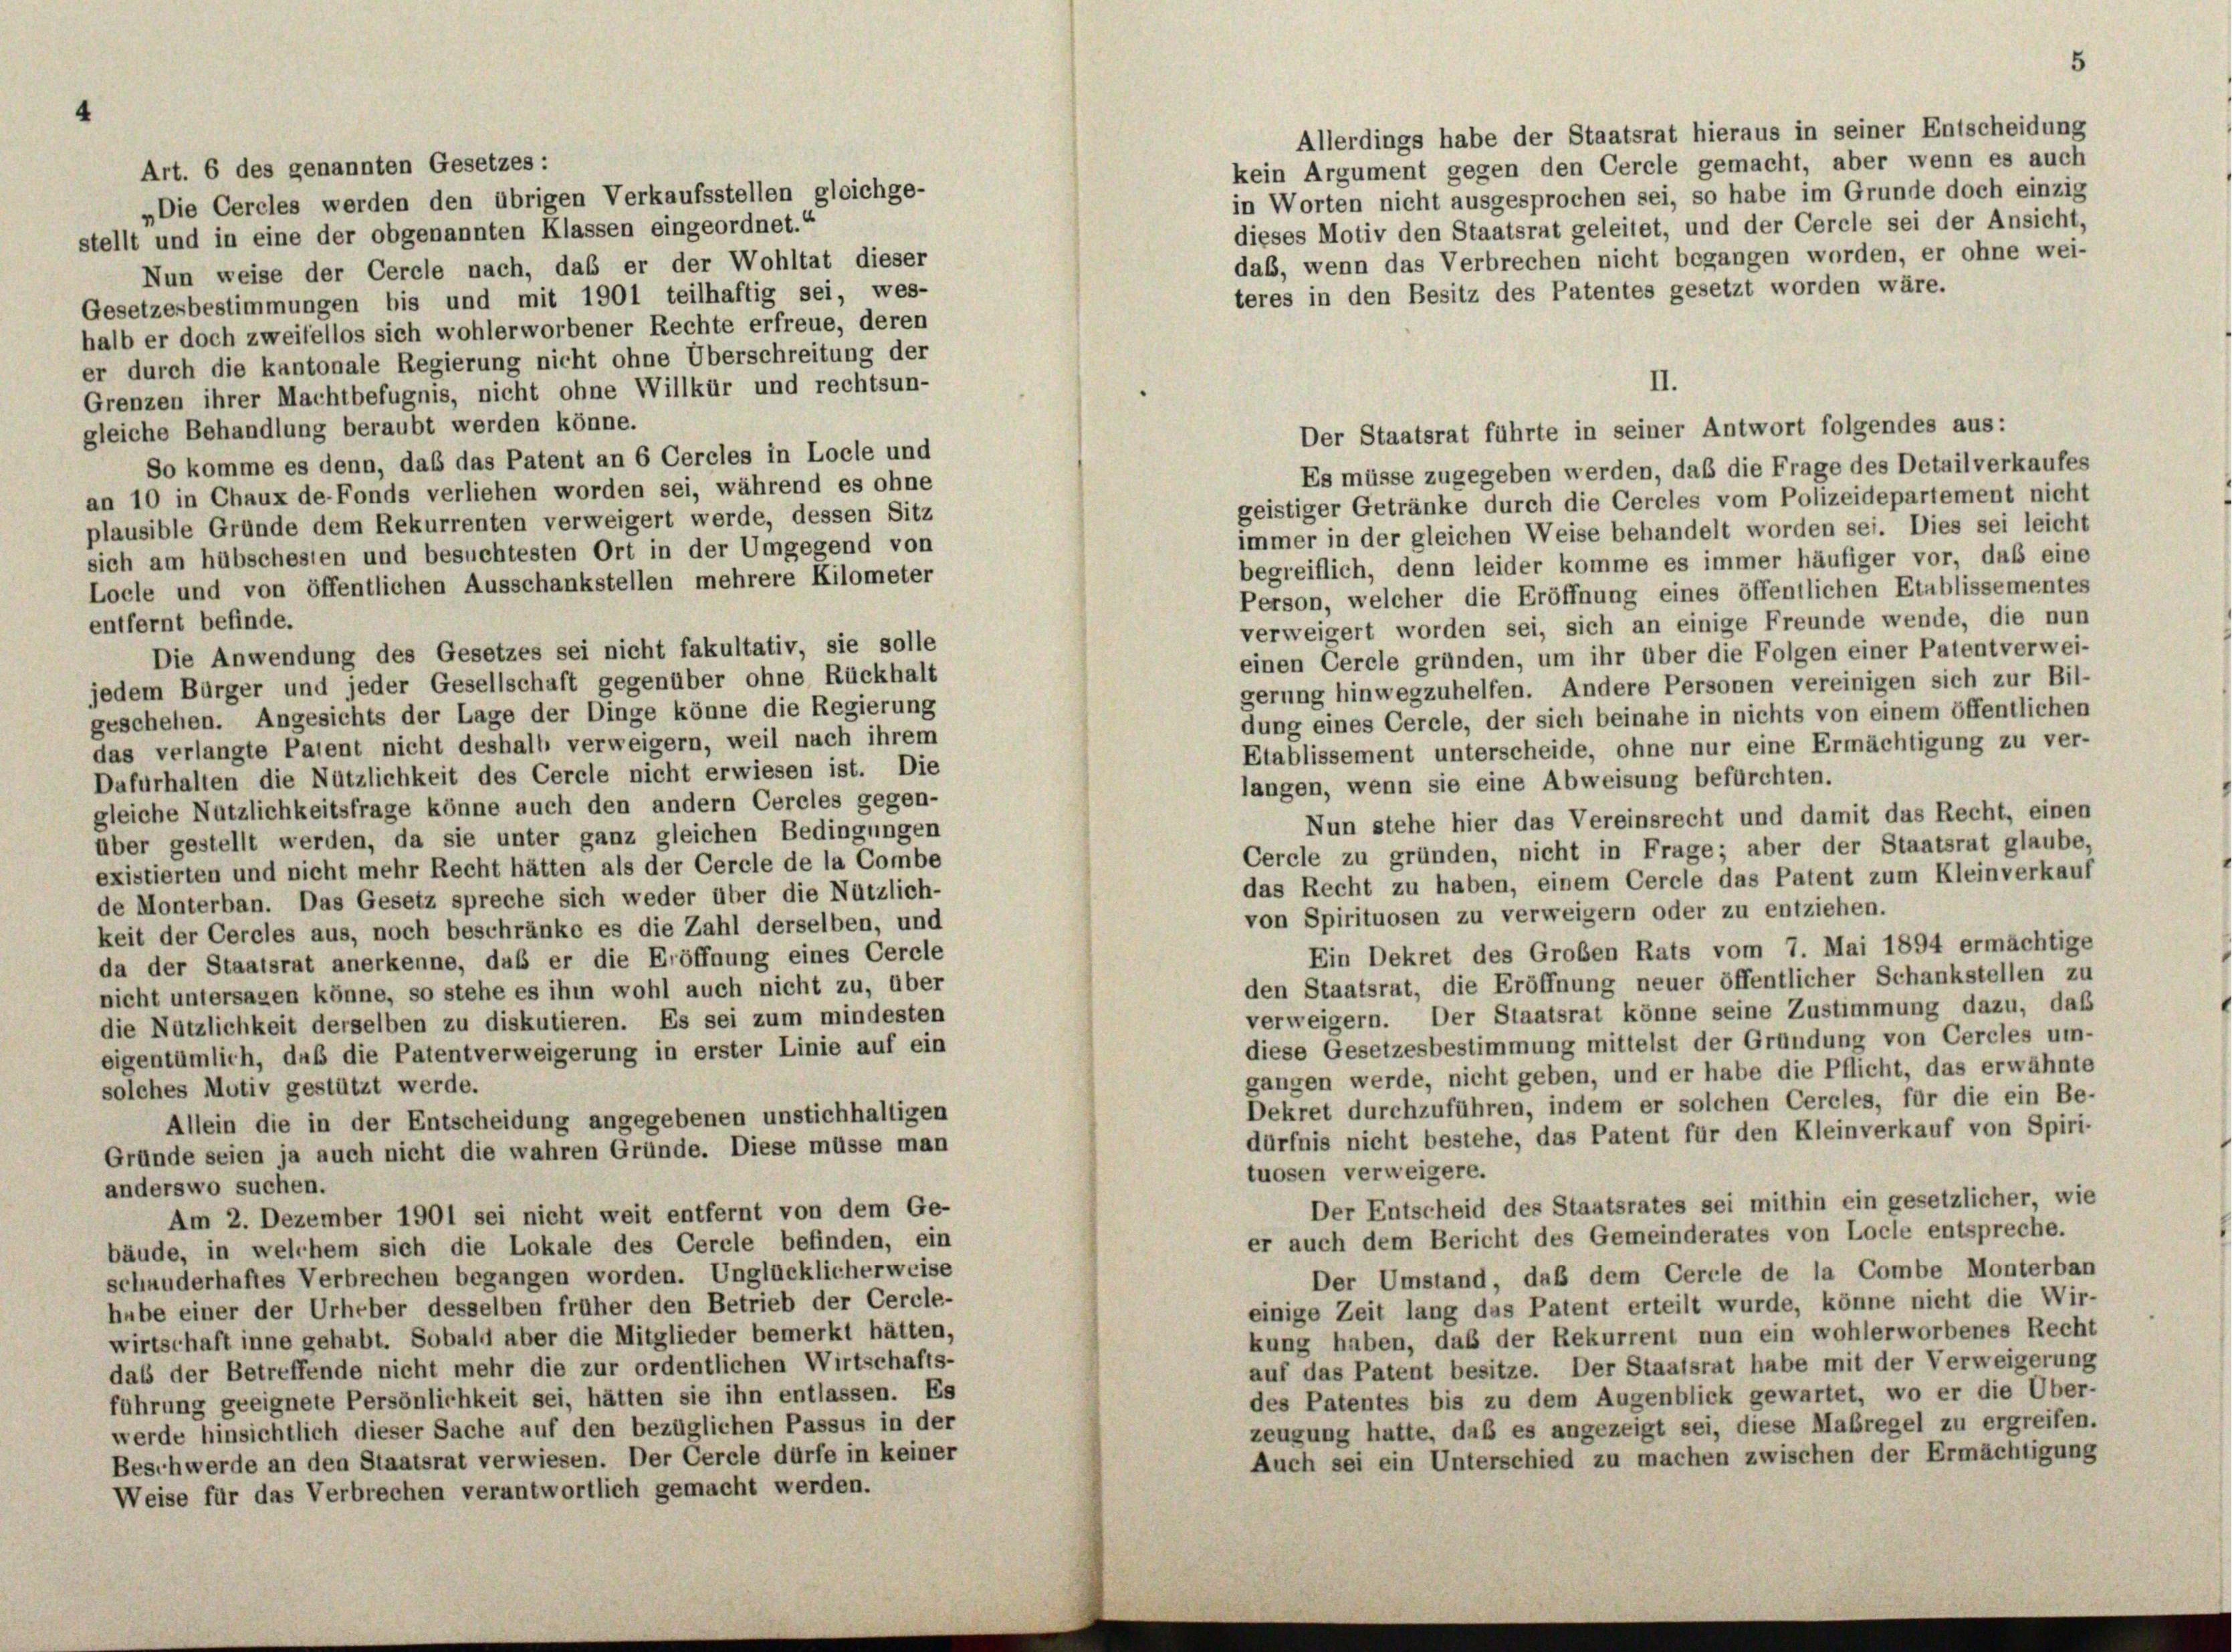
Art. 6 des genannten Gesetzes :
„Die Cercles werden den übrigen Verkaufsstellen gleichge-
stellt und in eine der obgenannten Klassen eingeordnet.“
Nun weise der Cercle nach, das er der Wohltat dieser
Gesetzesbestimmungen bis und mit 1901 teilhaftig sei, wes-
halb er doch zweifellos sich wohlerworbener Rechte erfreue, deren
er durch die kantonale Regierung nicht ohne Überschreitung der
Grenzen ihrer Machtbefugnis, nicht ohne Willkür und rechtsun-
gleiche Behandlung beraubt werden könne.
So komme es denn, daß das Patent an 6 Cercles in Locle und
an 10 in Chaux de-Fonds verliehen worden sei, während es ohne
plausible Gründe dem Rekurrenten verweigert werde, dessen Sitz
sich am hübschesten und besuchtesten Ort in der Umgegend von
Locle und von öffentlichen Ausschankstellen mehrere Kilometer
entfernt befinde.
Die Anwendung des Gesetzes sei nicht fakultativ, sie solle
jedem Bürger und jeder Gesellschaft gegenüber ohne Rückhalt
geschehen. Angesichts der Lage der Dinge könne die Regierung
das verlangte Patent nicht deshalb verweigern, weil nach ihrem
Dafürhalten die Nützlichkeit des Cercle nicht erwiesen ist. Die
gleiche Nutzlichkeitsfrage könne auch den andern Cercles gegen-
über gestellt werden, da sie unter ganz gleichen Bedingungen
existierten und nicht mehr Recht hätten als der Cercle de la Combe
de Monterban. Das Gesetz spreche sich weder über die Nützlich-
keit der Cercles aus, noch beschränke es die Zahl derselben, und
da der Staatsrat anerkenne, daß er die Eröffnung eines Cercle
nicht untersagen könne, so stehe es ihm wohl auch nicht zu, über
die Nützlichkeit derselben zu diskutieren. Es sei zum mindesten
eigentümlich, daß die Patentverweigerung in erster Linie auf ein
solches Motiv gestützt werde.
Allein die in der Entscheidung angegebenen unstichhaltigen
Gründe seien ja auch nicht die wahren Gründe. Diese müsse man
anderswo suchen.
Am 2. Dezember 1901 sei nicht weit entfernt von dem Ge-
bäude, in welchem sich die Lokale des Cercle befinden, ein
schauderhaftes Verbrechen begangen worden. Unglücklicherweise
hube einer der Urheber desselben früher den Betrieb der Cercle-
wirtschaft inne gehabt. Sobald aber die Mitglieder bemerkt hätten,
daß der Betreffende nicht mehr die zur ordentlichen Wirtschafts-
führung geeignete Persönlichkeit sei, hätten sie ihn entlassen. Es
werde hinsichtlich dieser Sache auf den bezüglichen Passus in der
Beschwerde an den Staatsrat verwiesen. Der Cercle dürfe in keiner
Weise für das Verbrechen verantwortlich gemacht werden.

II.
Der Staatsrat führte in seiner Antwort folgendes aus:
Es müsse zugegeben werden, daß die Frage des Detailverkaufes

geistiger Getränke durch die Cercles vom Polizeidepartement nicht
immer in der gleichen Weise behandelt worden sei. Dies sei leicht
begreiflich, denn leider komme es immer häufiger vor, daß eine
Person, welcher die Eröffnung eines öffentlichen Etablissementes
verweigert worden sei, sich an einige Freunde wende, die nun
einen Cercle gründen, um ihr über die Folgen einer Patentverwei-
gerung hinwegzuhelfen. Andere Personen vereinigen sich zur Bil-
dung eines Cercle, der sich beinahe in nichts von einem öffentlichen
Etablissement unterscheide, ohne nur eine Ermächtigung zu ver-
langen, wenn sie eine Abweisung befürchten.
Nun stehe hier das Vereinsrecht und damit das Recht, einen
Cercle zu gründen, nicht in Frage; aber der Staatsrat glaube,
das Recht zu haben, einem Cercle das Patent zum Kleinverkauf
von Spirituosen zu verweigern oder zu entziehen.
Ein Dekret des Großen Rats vom 7. Mai 1894 ermächtige
den Staatsrat, die Eröffnung neuer öffentlicher Schankstellen zu
verweigern. Der Staatsrat könne seine Zustimmung dazu, daß
diese Gesetzesbestimmung mittelst der Gründung von Cercles um-
gangen werde, nicht geben, und er habe die Pflicht, das erwähnte
Dekret durchzuführen, indem er solchen Cercles, für die ein Be-
dürfnis nicht bestehe, das Patent für den Kleinverkauf von Spiri-
tuosen verweigere.
Der Entscheid des Staatsrates sei mithin ein gesetzlicher, wie
er auch dem Bericht des Gemeinderates von Locle entspreche.
Der Umstand, daß dem Cercle de la Combe Monterban
einige Zeit lang das Patent erteilt wurde, könne nicht die Wir-
kung haben, daß der Rekurrent nun ein wohlerworbenes Recht
auf das Patent besitze. Der Staatsrat habe mit der Verweigerung
des Patentes bis zu dem Augenblick gewartet, wo er die Über-
zeugung hatte, daß es angezeigt sei, diese Maßregel zu ergreifen.
Auch sei ein Unterschied zu machen zwischen der Ermächtigung

Allerdings habe der Staatsrat hieraus in seiner Entscheidung
kein Argument gegen den Cercle gemacht, aber wenn es auch
in Worten nicht ausgesprochen sei, so habe im Grunde doch einzig
dieses Motiv den Staatsrat geleitet, und der Cercle sei der Ansicht,
daß, wenn das Verbrechen nicht begangen worden, er ohne wei-
teres in den Besitz des Patentes gesetzt worden wäre.